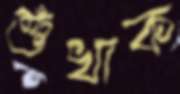
শুঁখাক